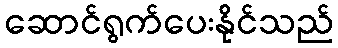
ဆောင်ရွက်ပေးနိုင်သည်